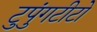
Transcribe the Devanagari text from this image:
टुपुंगटीटो